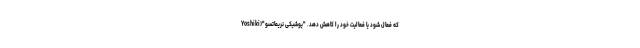
که فعال شود یا فعالیت خود را کاهش دهد. "یوشیکی نریماتسو"(Yoshiki